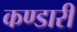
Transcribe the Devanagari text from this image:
कण्डारी